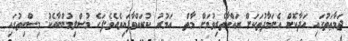
ޖަމާޢަތުގައި އަދާކޮށް އެނަމާދުތަކަށް ރައްކާތެރިވުމަށް މާތް  އަމުރު ކުރައްވާފައިވެއެވެ.ފަހެ މުސްލިމުންނާއެކު މިސްކިތުގައި